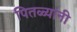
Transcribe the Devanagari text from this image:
पितळ्यांनी